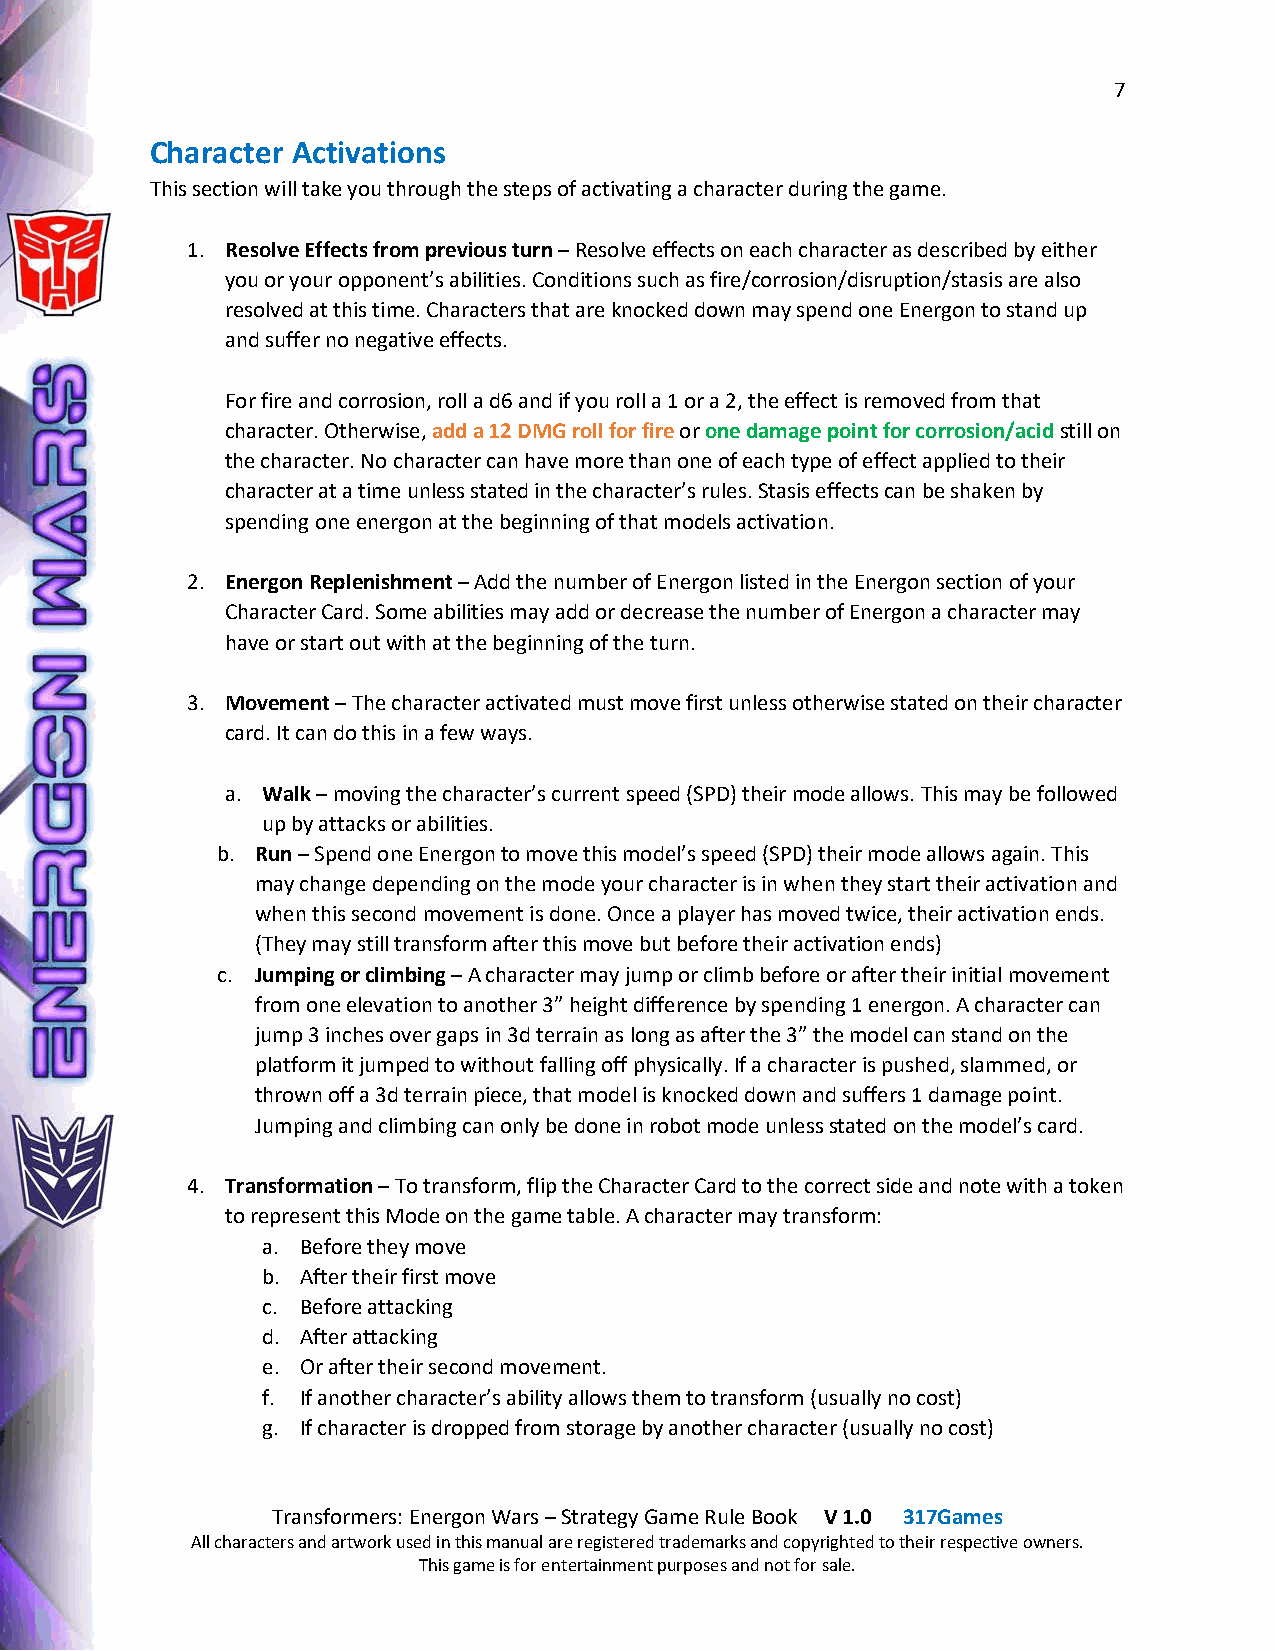
7
 Character Activations
 This section will take you through the steps of activating a character during the game.
 1. Resolve Effects from previous turn – Resolve effects on each character as described by either
 you or your opponent’s abilities. Conditions such as fire/corrosion/disruption/stasis are also
 resolved at this time. Characters that are knocked down may spend one Energon to stand up
 and suffer no negative effects.
 For fire and corrosion, roll a d6 and if you roll a 1 or a 2, the effect is removed from that
 character. Otherwise, add a 12 DMG roll for fire or one damage point for corrosion/acid still on
 the character. No character can have more than one of each type of effect applied to their
 character at a time unless stated in the character’s rules. Stasis effects can be shaken by
 spending one energon at the beginning of that models activation.
 2. Energon Replenishment – Add the number of Energon listed in the Energon section of your
 Character Card. Some abilities may add or decrease the number of Energon a character may
 have or start out with at the beginning of the turn.
 3. Movement – The character activated must move first unless otherwise stated on their character
 card. It can do this in a few ways.
 a. Walk – moving the character’s current speed (SPD) their mode allows. This may be followed
 up by attacks or abilities.
 b. Run – Spend one Energon to move this model’s speed (SPD) their mode allows again. This
 may change depending on the mode your character is in when they start their activation and
 when this second movement is done. Once a player has moved twice, their activation ends.
 (They may still transform after this move but before their activation ends)
 c. Jumping or climbing – A character may jump or climb before or after their initial movement
 from one elevation to another 3” height difference by spending 1 energon. A character can
 jump 3 inches over gaps in 3d terrain as long as after the 3” the model can stand on the
 platform it jumped to without falling off physically. If a character is pushed, slammed, or
 thrown off a 3d terrain piece, that model is knocked down and suffers 1 damage point.
 Jumping and climbing can only be done in robot mode unless stated on the model’s card.
 4. Transformation – To transform, flip the Character Card to the correct side and note with a token
 to represent this Mode on the game table. A character may transform:
 a. Before they move
 b. After their first move
 c. Before attacking
 d. After attacking
 e. Or after their second movement.
 f. If another character’s ability allows them to transform (usually no cost)
 g. If character is dropped from storage by another character (usually no cost)
 Transformers: Energon Wars – Strategy Game Rule Book V 1.0 317Games
 All characters and artwork used in this manual are registered trademarks and copyrighted to their respective owners.
 This game is for entertainment purposes and not for sale.